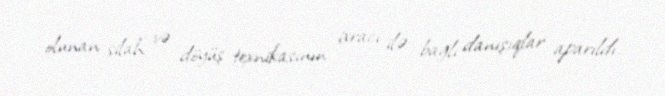
olunan silah və döyüş texnikasının ixracı ilə bağlı danışıqlar aparıldı.